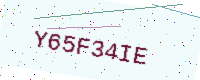
Text: Y65F34IE